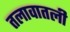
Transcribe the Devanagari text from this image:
तलावातली